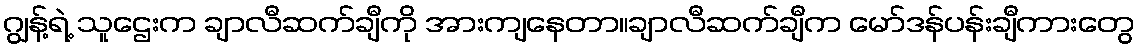
ဂျွန့်ရဲ့ သူဌေးက ချာလီဆက်ချီကို အားကျနေတာ။ချာလီဆက်ချီက မော်ဒန်ပန်းချီကားတွေ